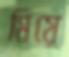
মিয়ে